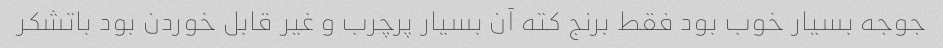
جوجه بسیار خوب بود فقط برنج کته آن بسیار پرچرب و غیر قابل خوردن بود باتشکر